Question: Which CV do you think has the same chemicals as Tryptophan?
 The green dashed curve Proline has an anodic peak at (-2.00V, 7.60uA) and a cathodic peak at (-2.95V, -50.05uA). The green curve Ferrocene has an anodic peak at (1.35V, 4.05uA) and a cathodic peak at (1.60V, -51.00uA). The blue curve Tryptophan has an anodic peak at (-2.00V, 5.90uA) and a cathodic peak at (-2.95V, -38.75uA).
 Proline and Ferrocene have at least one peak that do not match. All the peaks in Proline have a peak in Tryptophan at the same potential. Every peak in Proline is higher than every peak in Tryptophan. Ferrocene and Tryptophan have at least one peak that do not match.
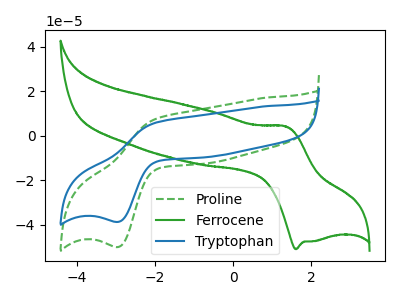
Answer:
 <answer>The CV with the most similar shape to "Proline" is "Tryptophan".</answer>
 <eval>"Tryptophan"</eval>